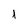
Character: 1